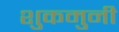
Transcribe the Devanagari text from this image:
शुकमुनी